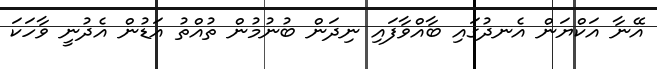
އޭނާ އަކްޔަން އެނދުގައި ބާއްވާފައި ނިދަން ބުނުމުން ތުއްތު އަޑުން އެދުނީ ވާހަކަ